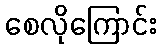
စေလိုကြောင်း